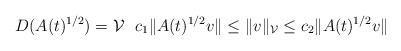
LaTeX: \begin{align*} D(A(t)^{1/2}) = \mathcal{V} \ \ c_1 \| A(t)^{1/2} v \| \le \| v \|_{\mathcal{V}} \le c_2 \| A(t)^{1/2} v \| \end{align*}